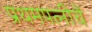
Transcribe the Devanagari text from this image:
प्रथमपत्नीचें